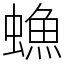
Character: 䗨